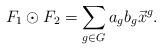
LaTeX: \begin{align*} F_1 \odot F_2 = \sum_{g \in G} a_g b_g {\vec x}^g.\end{align*}